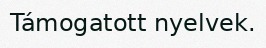
Támogatott nyelvek.